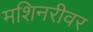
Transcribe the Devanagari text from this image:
मशिनरीवर